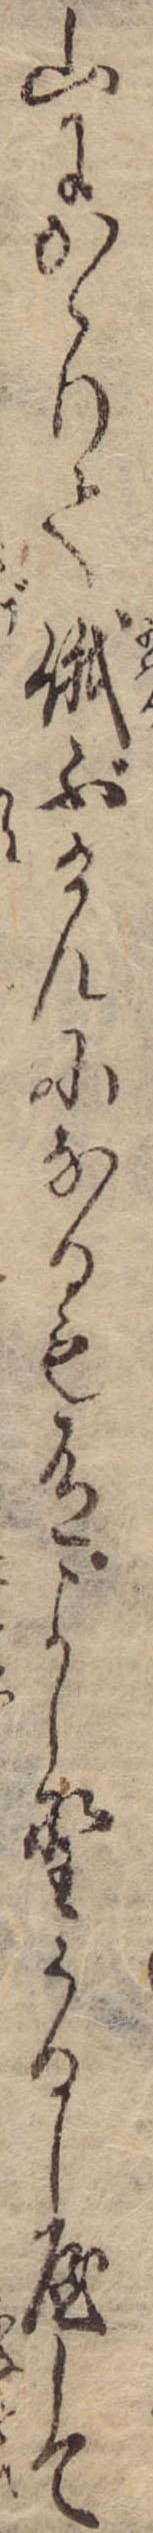
山にかゝりて俄ぶけんになるも有よし野うるし屋して